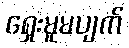
ရှေးမူမပျက်